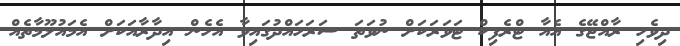
ދިވެހި ރާއްޖޭގެ އެއާ ޓްރެފިކް ޓަވަރަކަށް ނުވަތަ ސަރަހައްދުގައިވާ އެހެން އިދާރާއަކަށް އެމައުލޫމާތެއް